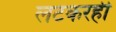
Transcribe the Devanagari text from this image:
लटकरही